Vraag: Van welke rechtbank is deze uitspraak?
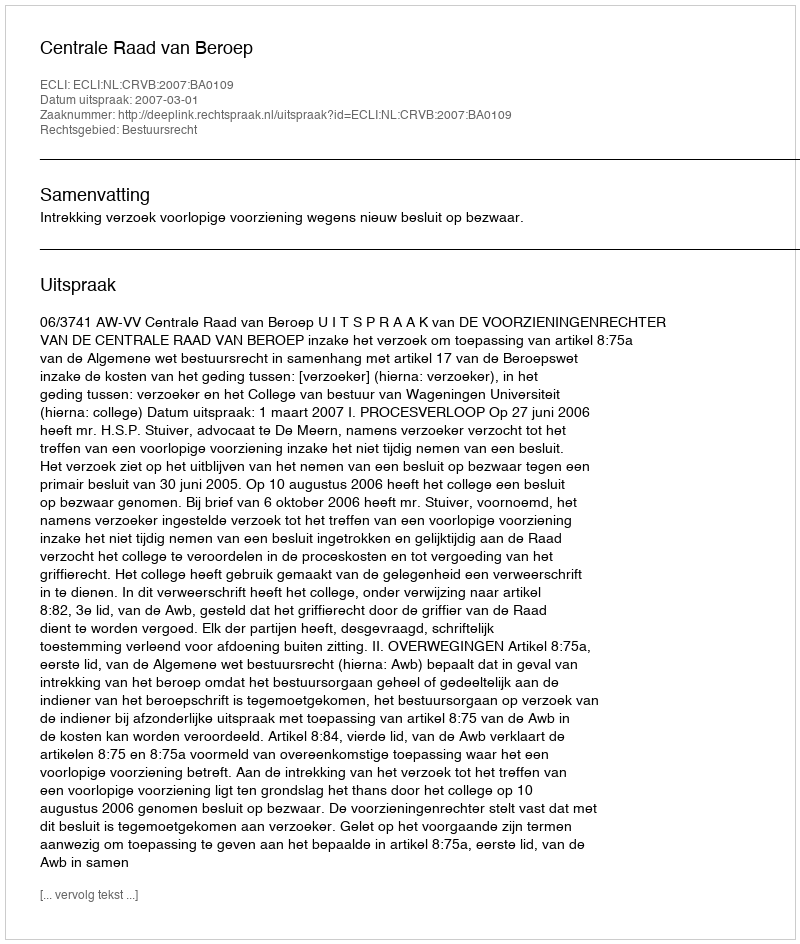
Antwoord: Centrale Raad van Beroep